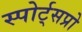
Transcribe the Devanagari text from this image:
स्पोर्ट्‌सप्रो